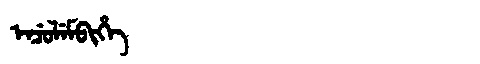
Manchu: ᡝᠨᠴᡠᠯᡝᠮᠪᡳᡥᡝ
Romanization: ENCULEMBIHE